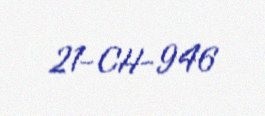
21-CH-946